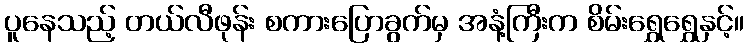
ပူနေသည့် တယ်လီဖုန်း စကားပြောခွက်မှ အနံ့ကြီးက စိမ်းရွှေရွှေနှင့်။